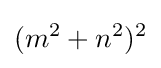
(m^{2}+n^{2})^{2}